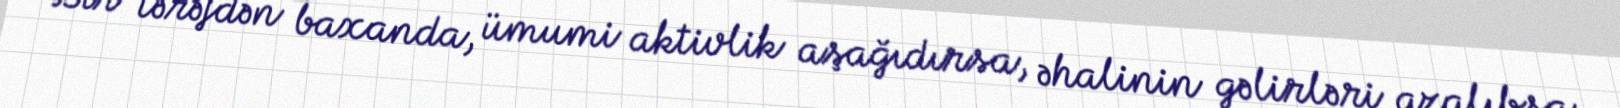
Bir tərəfdən baxanda, ümumi aktivlik aşağıdırsa, əhalinin gəlirləri azalıbsa,